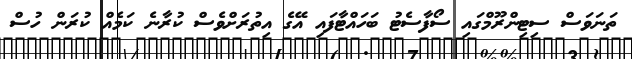
ތަނަވަސް ސިޓިންރޫމްގައި ސޯފާސެޓު ބަހައްޓާފައި އޭގެ އިތުރަށްވެސް ކުރާނެ ކަމެއް ކުރަން ހުސް